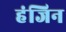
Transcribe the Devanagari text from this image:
हंजिन